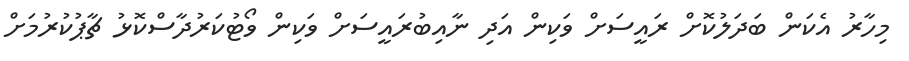
މިހާރު އެކަން ބަދަލުކޮށް ރައީސަށް ވަކިން އަދި ނާއިބުރައީސަށް ވަކިން ވޯޓުކަރުދާސްކޮޅު ޗާޕުކުރުމަށް